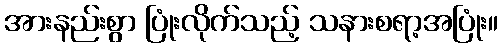
အားနည်းစွာ ပြုံးလိုက်သည့် သနားစရာ့အပြုံး။